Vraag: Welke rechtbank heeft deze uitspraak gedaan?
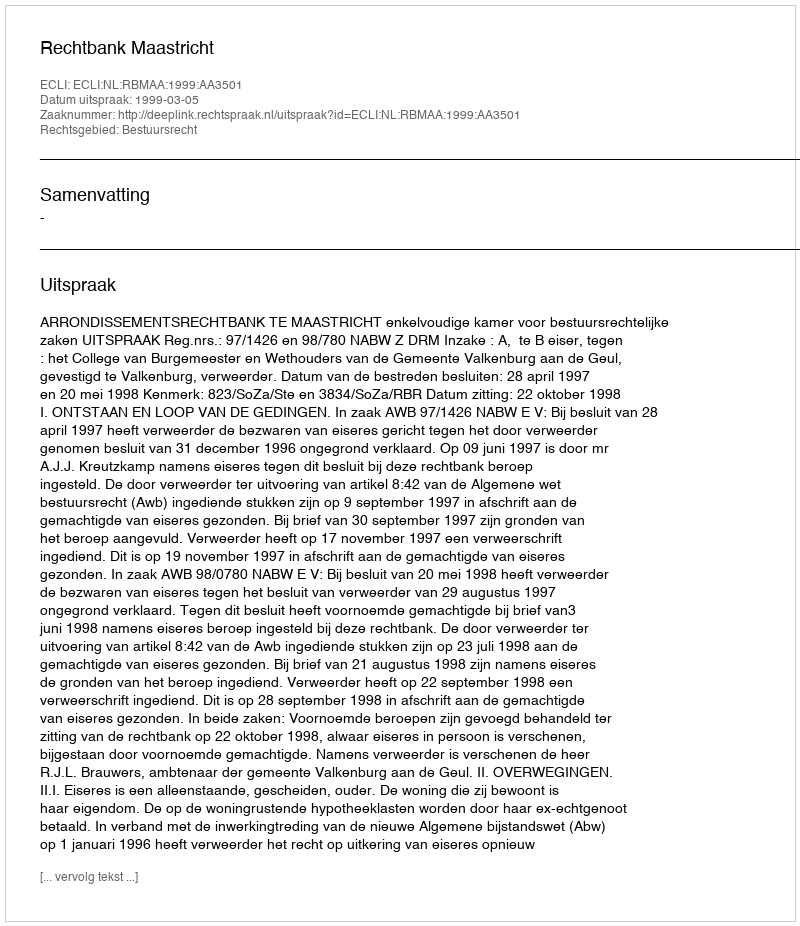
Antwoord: Rechtbank Maastricht